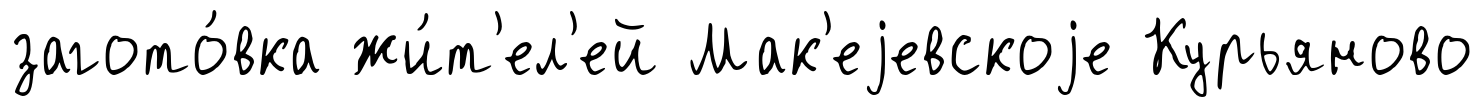
загото́вка жи́т'ел'ей Мак'еjевскоjе Курьяново